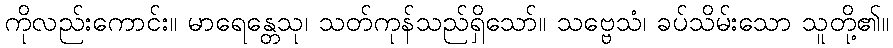
ကိုလည်းကောင်း။ မာရေန္တေသု၊ သတ်ကုန်သည်ရှိသော်။ သဗ္ဗေသံ၊ ခပ်သိမ်းသော သူတို့၏။